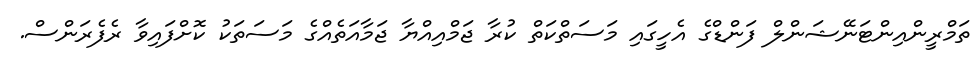
ތަމްރީންއިންޓަނޭޝަންލް ފަންޑްގެ އެހީގައި މަސަތްކަތް ކުރާ ޖަމްއިއްޔާ ޖަމާއަތެއްގެ މަސަތަކު ކޮށްފައިވާ ރެފެރަންސް.